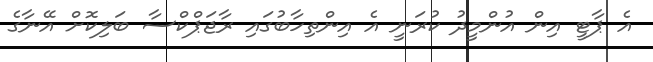
އެ ޕާޓީ އިން އުންމީދު ކުރަނީ އެ އިންތިހާބުގައި ރާޖަޕްކްސާ ބަލިކޮށް އޭނާގެ